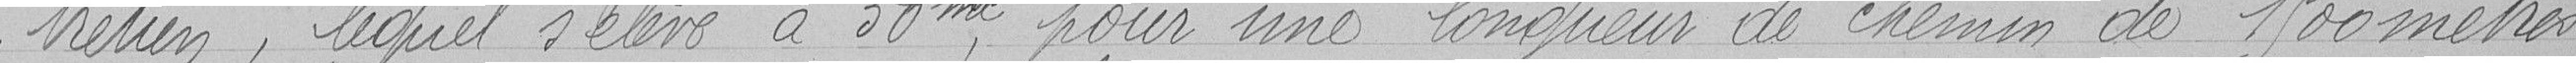
tretien, lequel s'élève à 50 m, pour une longueur de chemin de 1.500 mètres.